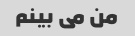
من می بینم